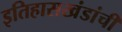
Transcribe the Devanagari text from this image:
इतिहासखंडांची